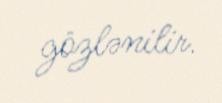
gözlənilir.